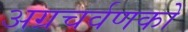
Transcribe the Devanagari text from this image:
अग्रचर्वणकों